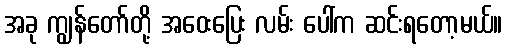
အခု ကျွန်တော်တို့ အဝေးပြေး လမ်း ပေါ်က ဆင်းရတော့မယ်။